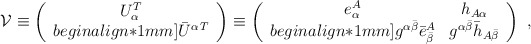
\begin{align*}{\cal V}\equiv\left( \begin{array}{c} U_\alpha ^T \\begin{align*}1mm] \bar U^{\alpha\,T} \end{array}\right) \equiv\left( \begin{array}{cc}e_\alpha^A &h_{A\alpha}\\begin{align*}1mm] g^{\alpha \bar\beta}\bar e^A_{\bar \beta} &g^{\alpha \bar\beta}\bar h_{A\bar \beta}\end{array}\right) \ , \end{align*}